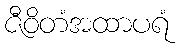
ဇီဝိတံအထာပရံ